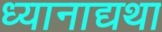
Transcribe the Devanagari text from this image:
ध्यानाद्यथा